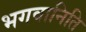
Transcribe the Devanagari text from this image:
भगवानिति